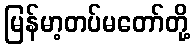
မြန်မာ့တပ်မတော်တို့